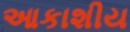
આકાશીય